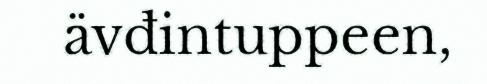
ävđintuppeen,